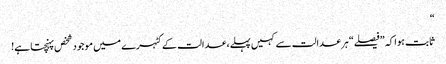
“
ثابت ہوا کہ ”فیصلے“ ہر عدالت سے کہیں پہلے، عدالت کے کٹہرے میں موجود شخص پہنچتا ہے!